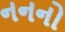
નનનો